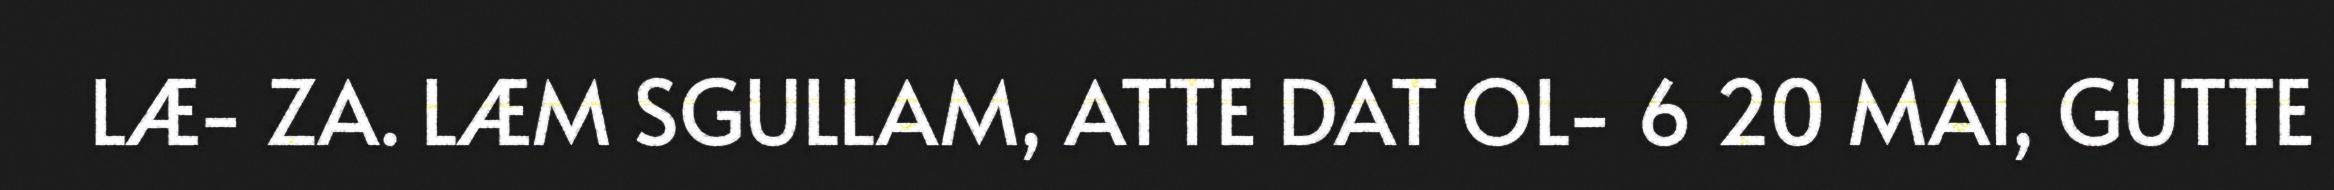
LÆ- ZA. LÆM SGULLAM, ATTE DAT OL- 6 20 MAI, GUTTE